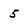
Character: 5